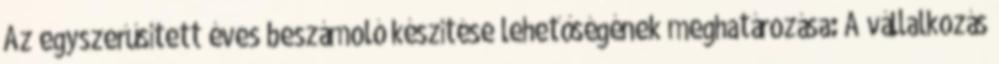
Az egyszerűsített éves beszámoló készítése lehetőségének meghatározása: A vállalkozás